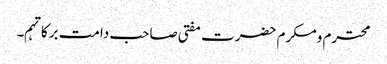
محترم ومکرم حضرت مفتی صاحب دامت برکاتہم۔